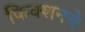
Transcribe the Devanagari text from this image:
फिक्शनचे